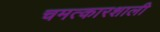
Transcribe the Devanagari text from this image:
चमत्कारशाली